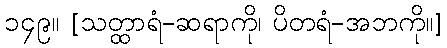
၁၄၉။ [သတ္ထာရံ-ဆရာကို၊ ပိတရံ-အဘကို။]